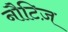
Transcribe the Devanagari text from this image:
नौटिज़